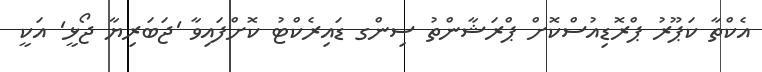
އެކްތާ ކަޕޫރު ޕްރޮޑިއުސްކޮށް ޕްރަޝާންތު ސިންގ ޑައިރެކްޓު ކޮށްފައިވާ 'ޖަބަރިޔާ ޖޯޅީ' އަކީ